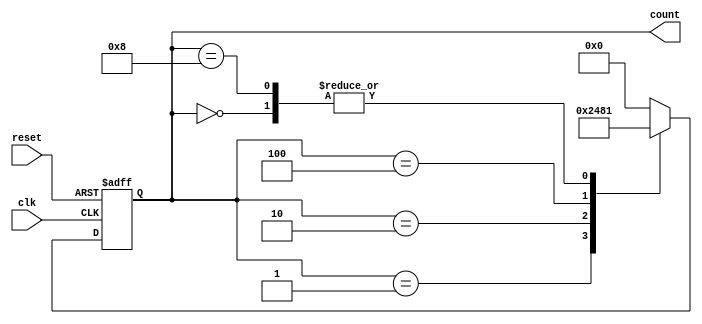
module decade_ring_counter (
    input wire clk,        // Clock input
    input wire reset,      // Asynchronous reset input
    output reg [3:0] count // 4-bit output representing the current state
);

// State encoding for the Decade Ring Counter
localparam [3:0] STATE_0 = 4'b0000;
localparam [3:0] STATE_1 = 4'b0001;
localparam [3:0] STATE_2 = 4'b0010;
localparam [3:0] STATE_3 = 4'b0100;
localparam [3:0] STATE_4 = 4'b1000;

always @(posedge clk or posedge reset) begin
    if (reset) begin
        count <= STATE_0; // Reset to state 0000
    end else begin
        case (count)
            STATE_0: count <= STATE_1; // 0 -> 1
            STATE_1: count <= STATE_2; // 1 -> 2
            STATE_2: count <= STATE_3; // 2 -> 4
            STATE_3: count <= STATE_4; // 4 -> 8
            STATE_4: count <= STATE_1; // 8 -> 1 (wrap around)
            default: count <= STATE_0; // Default case (should not occur)
        endcase
    end
end

endmodule